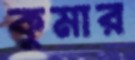
কুমার